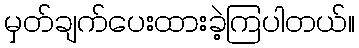
မှတ်ချက်ပေးထားခဲ့ကြပါတယ်။